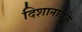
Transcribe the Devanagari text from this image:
दिशानायके